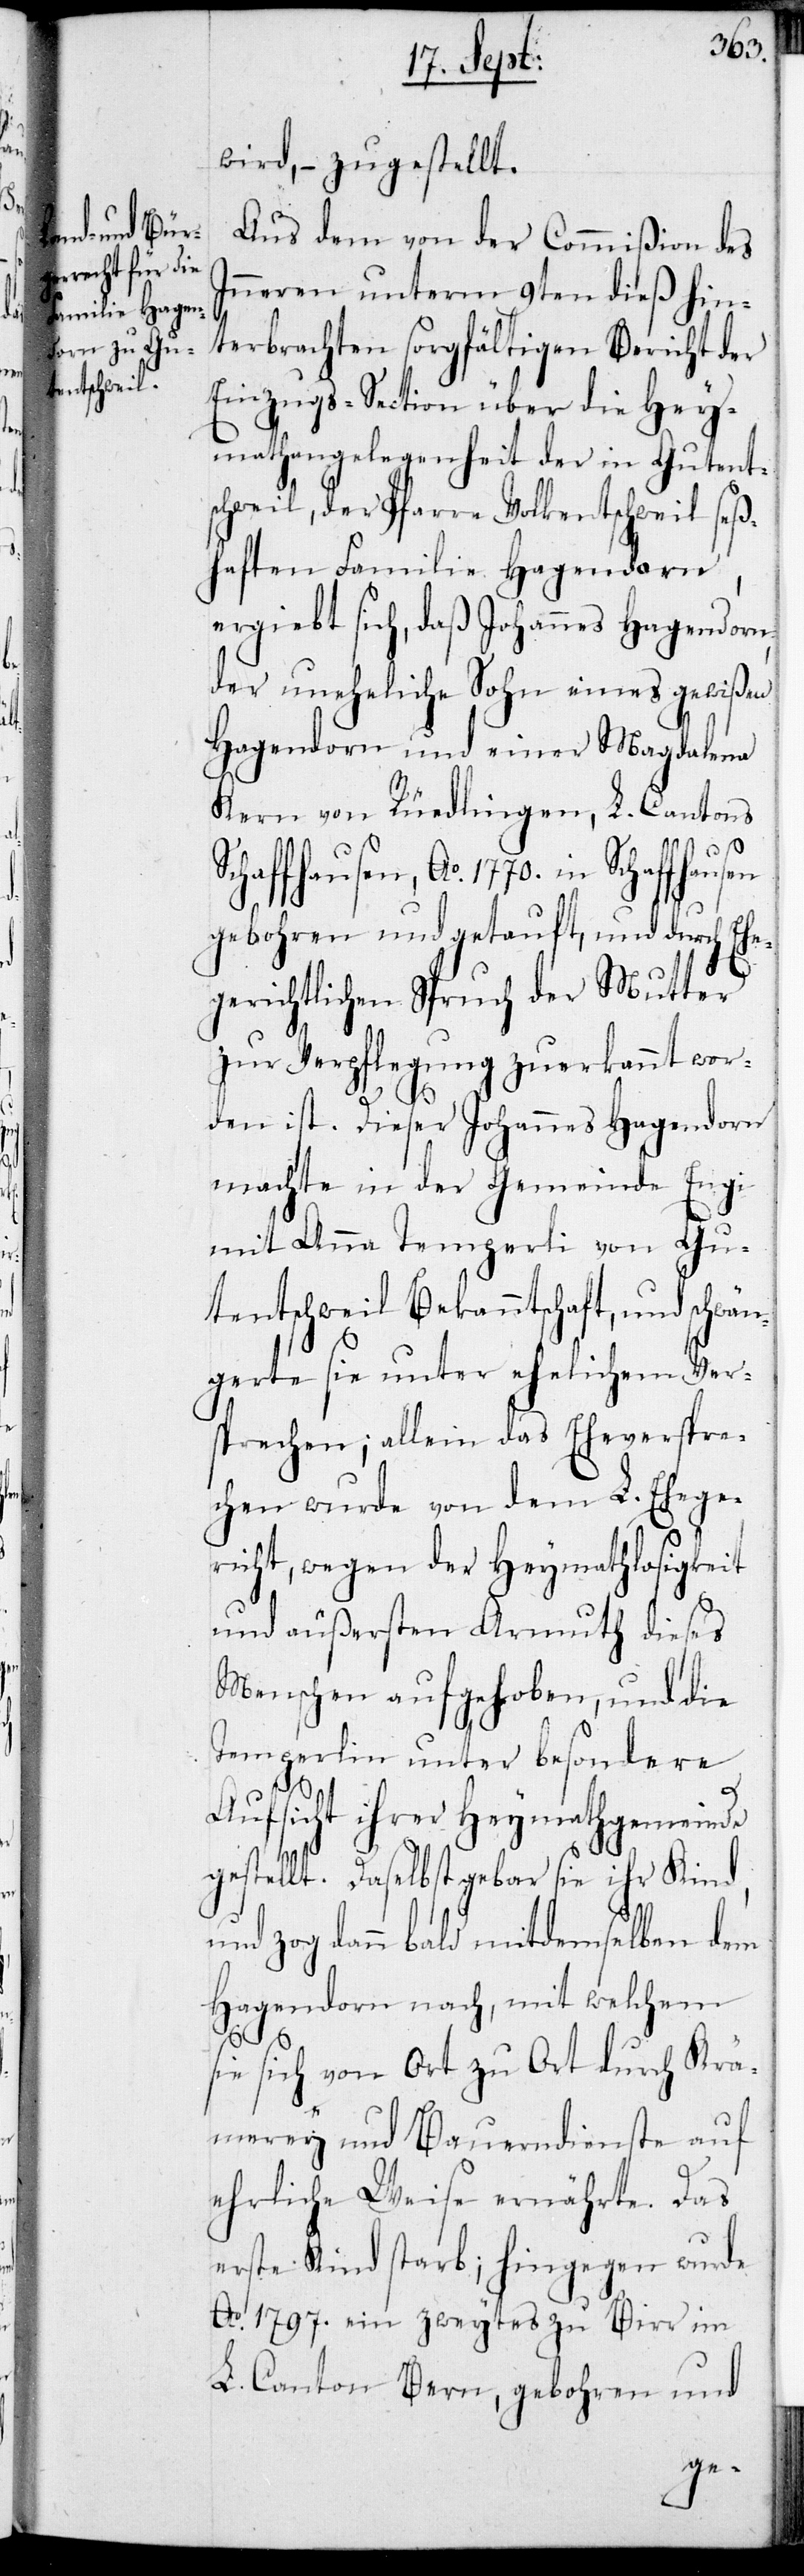
wird, – zugestellt.
Aus dem von der Commißion des
Inneren unterm 9ten dieß hin¬
terbrachten sorgfältigen Bericht der
Einzugs-Section über die Hey¬
mathangelegenheit der in Gutent¬
schweil , der Pfarre Volkentschweil seß¬
haften Familie Hagendorn,
ergiebt sich, daß Johannes Hagendorn
der uneheliche Sohn eines gewißen
Hagendorn und einer Magdalena
Kern von Rüedlingen, L. Cantons
Schaffhausen, Ao 1770. in
gebohren und getauft, und durch Ehe¬
gerichtlichen Spruch der Mutter
zu Verpflegung zuerkannt wor¬
den ist. Dieser Johannes Hagendorn
machte in der Gemeinde Engi
mit Anna Temperli von Gu¬
tentschweil Bekanntschaft, und schwä¬
ngerte sie unter ehelichem Ver¬
sprechen; allein das Eheverspre¬
chen wurde von dem L. Ehege¬
richt, wegen der Heymathlosigkeit
und äußersten Armuth dieses
Menschen aufgehoben, und die
Temperlin unter besondere
Aufsicht ihrer Heymathgemeinde
gestellt. Daselbst gebar sie ihr Kind,
und zog dann bald mit demselben dem
Hagendorn nach, mit welchem
sie sich von Ort zu Ort durch Krä¬
merey und Bauerndienste auf
ehrliche Weise ernährte. Das
erste Kind starb; hingegen wurde
Ao 1797. ein zweytes zu Birr im
L. Canton Bern, gebohren und